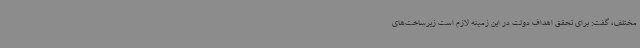
مختلف، گفت: برای تحقق اهداف دولت در این زمینه لازم است زیرساخت‌های